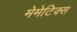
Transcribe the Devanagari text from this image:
मेमेटिक्स